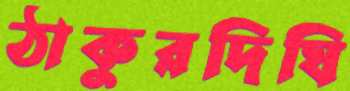
ঠাকুরদিঘি